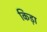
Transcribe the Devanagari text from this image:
किड़ा